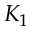
K _ { 1 }